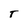
Character: T